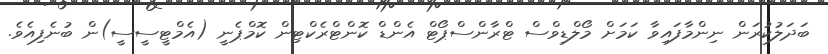
ބަދަލުކުރަން ނިންމާފައިވާ ކަމަށް މޯލްޑިވްސް ޓްރާންސްޕޯޓް އެންޑް ކޮންޓްރެކްޓިން ކޮމްޕެނީ (އެމްޓީސީސީ)ން ބުނެފިއެވެ.